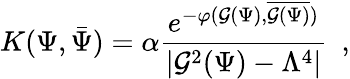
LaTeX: {K}(\Psi,\bar{\Psi})=\alpha{\frac{e^{-\varphi({\cal G}(\Psi),\overline{{{{\cal G}(\Psi)}}})}}{|{\cal G}^{2}(\Psi)-\Lambda^{4}|}}\ \ ,